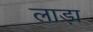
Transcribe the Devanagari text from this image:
लाड़ा